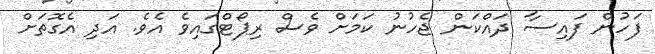
ފަހުން ފައިސާ ދައްކަން ޖެހުނު ކަމަށް ވެސް ރިޕޯޓްގައިވެ އެވެ. އަދި އެގޮތަށް